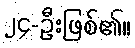
၂၄-ဦးဖြစ်၏။